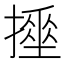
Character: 𢴹